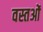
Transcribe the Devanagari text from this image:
वस्तओं